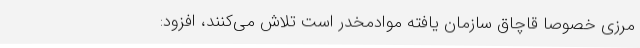
مرزی خصوصاً قاچاق سازمان یافته موادمخدر است تلاش می‌کنند، افزود: